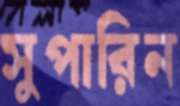
সুপারিন